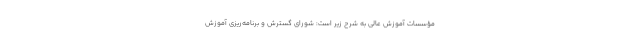
مؤسسات آموزش عالی به شرح زیر است: شورای گسترش و برنامه‌ریزی آموزش